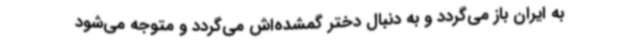
به ایران باز می‌گردد و به دنبال دختر گمشده‌اش می‌گردد و متوجه می‌شود